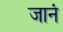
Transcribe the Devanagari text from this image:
जानं